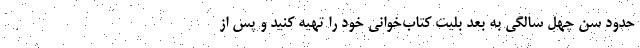
حدود سن چهل سالگی به بعد بلیت کتاب‌خوانی خود را تهیه کنید و پس از